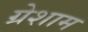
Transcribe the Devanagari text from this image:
ग्रेशाम